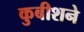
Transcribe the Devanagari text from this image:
कुबीशने